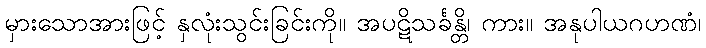
မှားသောအားဖြင့် နှလုံးသွင်းခြင်းကို။ အပဋိသင်္ခန္တိ၊ ကား။ အနုပါယဂဟဏံ၊